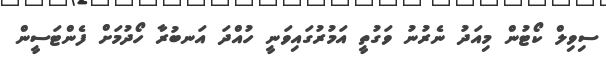
ސިވިލް ކޯޓުން މިއަދު ނެރުނު ވަގުތީ އަމުރުގައިވަނީ ހުއްދަ އަނބުރާ ހޯދުމަށް ފެންޓަސީން